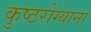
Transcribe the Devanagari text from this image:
कुष्ठरोग्याना